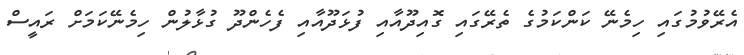
އެރޭވުމުގައި ހިމެނޭ ކަންކަމުގެ ތެރޭގައި ގޮއިދޫއާއި ފުޅަދޫއާއި ފެހެންދޫ ގުޅާލުން ހިމެނޭކަމަށް ރައީސް